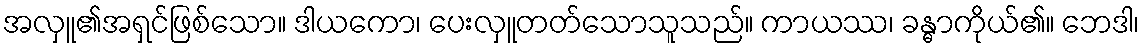
အလှူ၏အရှင်ဖြစ်သော။ ဒါယကော၊ ပေးလှူတတ်သောသူသည်။ ကာယဿ၊ ခန္ဓာကိုယ်၏။ ဘေဒါ၊